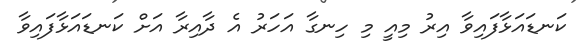
ކަނޑައަޅާފައިވާ އިރު މިއީ މި ހިނގާ އަހަރު އެ ދާއިރާ އަށް ކަނޑައަޅާފައިވާ